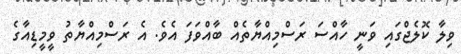
ވިލާ ކޮލެޖްގައި ވަނީ ހާއްސަ ރަސްމިއްޔާތެއް ބާއްވަފަ އެވެ. އެ ރަސްމިއްޔާތު ވީމީޑިއާގެ